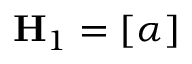
\mathbf { H } _ { 1 } = \left[ \alpha \right]